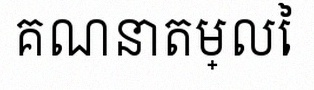
គណនាតម្លៃ